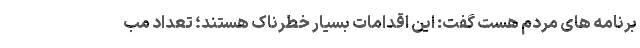
برنامه های مردم هست گفت: این اقدامات بسیار خطرناک هستند؛ تعداد مب